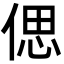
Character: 偲